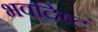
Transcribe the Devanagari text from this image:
भवदिष्टं